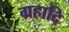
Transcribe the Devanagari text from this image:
ग्रहादि